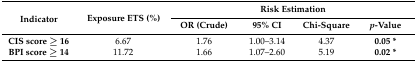
| <ROWSPAN=2> Indicator | <ROWSPAN=2> Exposure ETS (%) | <COLSPAN=4> Risk Estimation |
 | OR (Crude) | 95% CI | Chi-Square | p-Value |
 | --- | --- | --- | --- | --- | --- |
 | CIS score ≥ 16 | 6.67 | 1.76 | 1.00–3.14 | 4.37 | 0.05 * |
 | BPI score ≥ 14 | 11.72 | 1.66 | 1.07–2.60 | 5.19 | 0.02 * |